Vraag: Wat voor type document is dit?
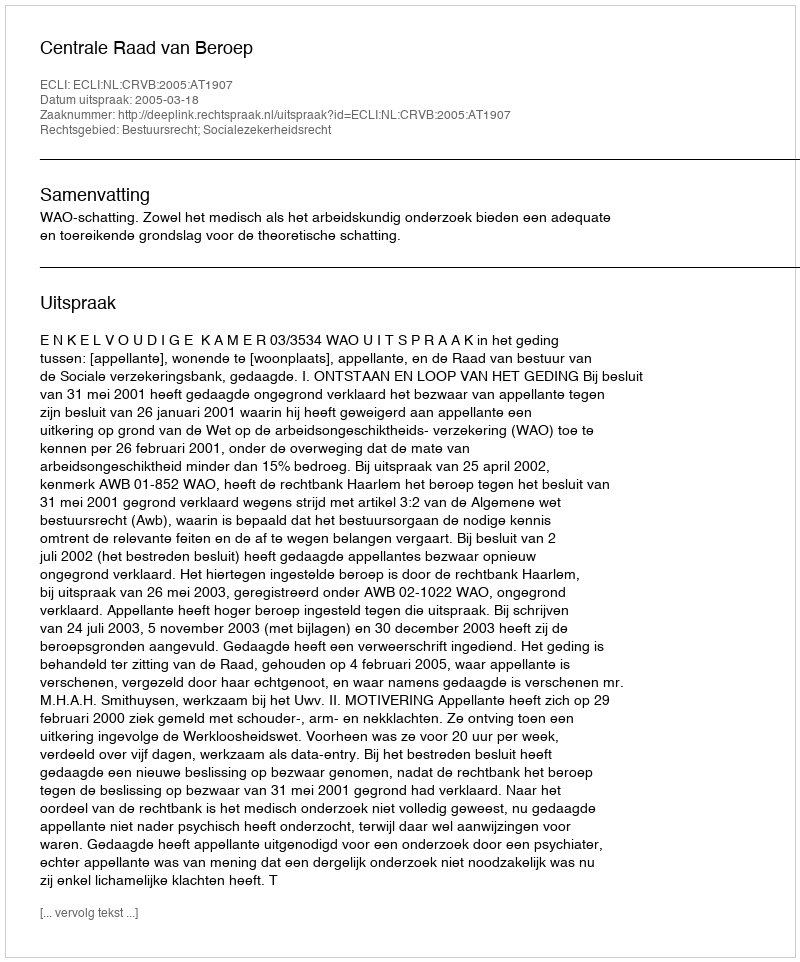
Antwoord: Uitspraak